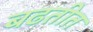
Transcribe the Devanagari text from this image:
बढतीत